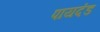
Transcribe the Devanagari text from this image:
पायदंड